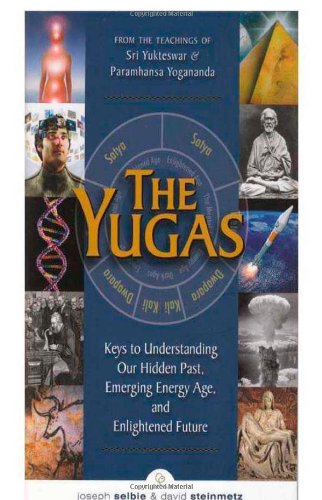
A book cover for The Yugas: Keys to Understanding Our Hidden Past, Emerging Present and Future Enlightenment; Joseph Selbie; Religion & Spirituality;